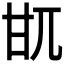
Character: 𤮿